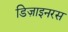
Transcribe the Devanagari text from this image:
डिज़ाइनरस